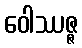
ဝေါဿဇ္ဇ